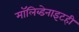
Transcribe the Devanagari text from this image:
मॉलिब्डेनाइटही